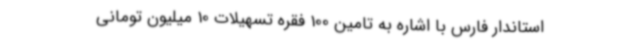
استاندار فارس با اشاره به تامین 100 فقره تسهیلات 10 میلیون تومانی